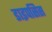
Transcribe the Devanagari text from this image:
डाइपसिस